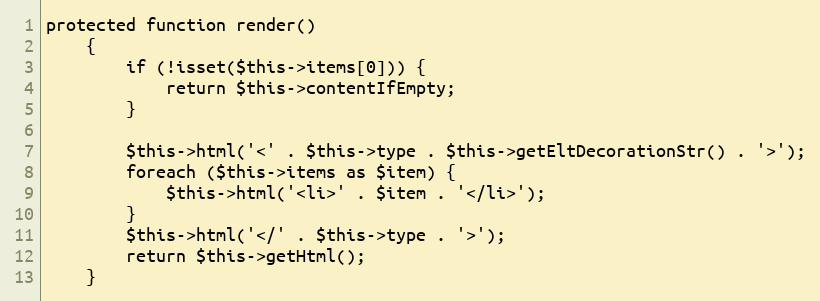
Language: PHP
protected function render()
    {
        if (!isset($this->items[0])) {
            return $this->contentIfEmpty;
        }

        $this->html('<' . $this->type . $this->getEltDecorationStr() . '>');
        foreach ($this->items as $item) {
            $this->html('<li>' . $item . '</li>');
        }
        $this->html('</' . $this->type . '>');
        return $this->getHtml();
    }